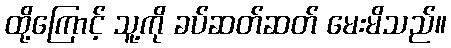
ထို့ကြောင့် သူ့ကို ခပ်ဆတ်ဆတ် မေးမိသည်။